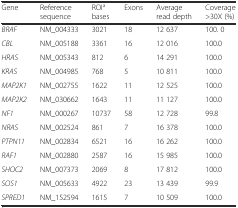
<table><thead><tr><td><b>Gene</b></td><td><b>Reference sequence</b></td><td><b>ROI<sup>a</sup> bases</b></td><td><b>Exons</b></td><td><b>Average read depth</b></td><td><b>Coverage &gt;30X (%)</b></td></tr></thead><tbody><tr><td><i>BRAF</i></td><td>NM_004333</td><td>3021</td><td>18</td><td>12 637</td><td>100. 0</td></tr><tr><td><i>CBL</i></td><td>NM_005188</td><td>3361</td><td>16</td><td>12 016</td><td>100.0</td></tr><tr><td><i>HRAS</i></td><td>NM_005343</td><td>812</td><td>6</td><td>14 291</td><td>100.0</td></tr><tr><td><i>KRAS</i></td><td>NM_004985</td><td>768</td><td>5</td><td>10 811</td><td>100.0</td></tr><tr><td><i>MAP2K1</i></td><td>NM_002755</td><td>1622</td><td>11</td><td>12 525</td><td>100.0</td></tr><tr><td><i>MAP2K2</i></td><td>NM_030662</td><td>1643</td><td>11</td><td>11 127</td><td>100.0</td></tr><tr><td><i>NF1</i></td><td>NM_000267</td><td>10737</td><td>58</td><td>12 728</td><td>99.8</td></tr><tr><td><i>NRAS</i></td><td>NM_002524</td><td>861</td><td>7</td><td>16 378</td><td>100.0</td></tr><tr><td><i>PTPN11</i></td><td>NM_002834</td><td>6521</td><td>16</td><td>16 262</td><td>100.0</td></tr><tr><td><i>RAF1</i></td><td>NM_002880</td><td>2587</td><td>16</td><td>15 985</td><td>100.0</td></tr><tr><td><i>SHOC2</i></td><td>NM_007373</td><td>2069</td><td>8</td><td>17 812</td><td>100.0</td></tr><tr><td><i>SOS1</i></td><td>NM_005633</td><td>4922</td><td>23</td><td>13 439</td><td>99.9</td></tr><tr><td><i>SPRED1</i></td><td>NM_152594</td><td>1615</td><td>7</td><td>10 509</td><td>100.0</td></tr></tbody></table>